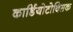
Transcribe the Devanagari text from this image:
कार्डियोटोक्सिक